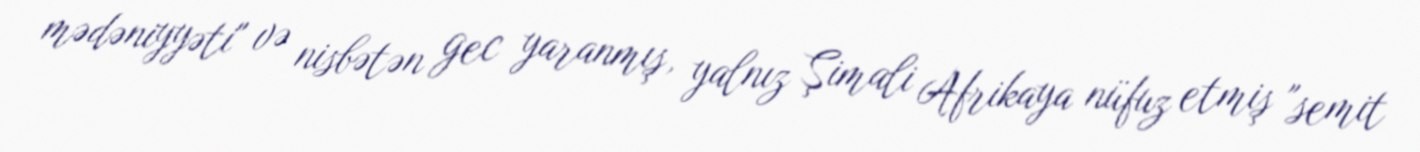
mədəniyyəti" və nisbətən gec yaranmış, yalnız Şimali Afrikaya nüfuz etmiş "semit